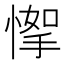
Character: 𢞙